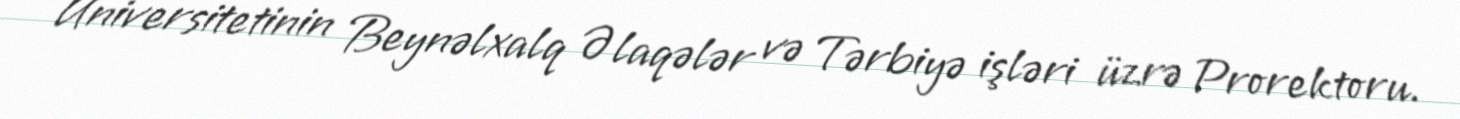
Universitetinin Beynəlxalq Əlaqələr və Tərbiyə işləri üzrə Prorektoru.